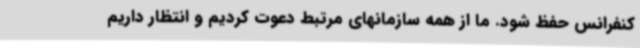
کنفرانس حفظ شود. ما از همه سازمانهای مرتبط دعوت کردیم و انتظار داریم